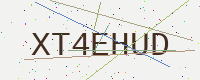
Text: XT4EHUD